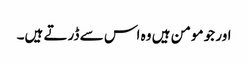
اور جو مومن ہیں وہ اس سے ڈرتے ہیں۔